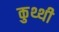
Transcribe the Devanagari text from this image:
कुथ्थी